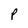
Character: p